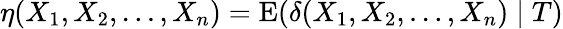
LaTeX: \eta(X_{1},X_{2},\ldots,X_{n})=\operatorname{E}(\delta(X_{1},X_{2},\ldots,X_{n})\mid T)